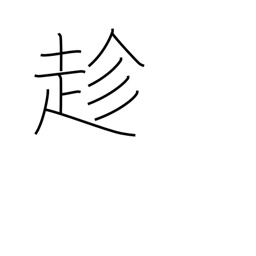
Meaning: go to